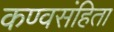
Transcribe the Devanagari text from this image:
कण्वसंहिता